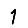
Digit: 1